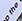
the